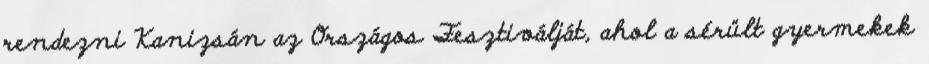
rendezni Kanizsán az Országos Fesztiválját, ahol a sérült gyermekek